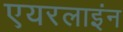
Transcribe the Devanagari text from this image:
एयरलाइंन